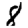
Digit: 8